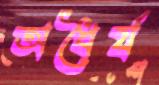
অধৈর্য